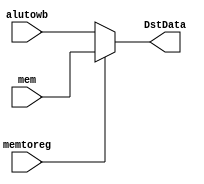
// writeback stage

module mod_WB (
        input memtoreg,
        input [15:0] alutowb, mem,
        output [15:0] DstData);

    //wire
    assign DstData = memtoreg ? mem : alutowb;
    
endmodule